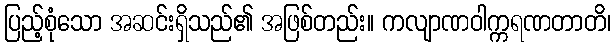
ပြည့်စုံသော အဆင်းရှိသည်၏ အဖြစ်တည်း။ ကလျာဏဝါက္ကရဏတာတိ၊